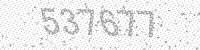
Solution: 537677